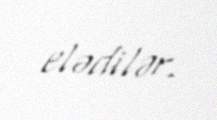
elədilər.